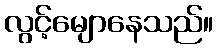
လွင့်မျောနေသည်။